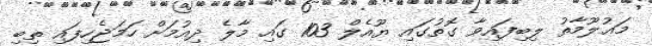
މަޢުލޫމާތު ލިބިފައިވާ ގޮތުގައި ޔޫއެލް 103 ގައި މާލެ ދިއުމަށް ހަމަޖެހިފައި ތިބި